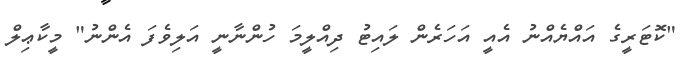
"ކޮޓަރީގެ އައްޔެއްނު އެއީ އަހަރެން ލައިޓު ދިއްލީމަ ހުންނާނީ އަލިވެފަ އެންނު" މީކާޢިލް